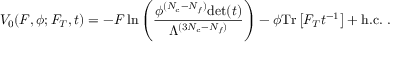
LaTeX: V _ { 0 } ( F , \phi ; F _ { T } , t ) = - F \, \mathrm { l n } \left( \frac { \phi ^ { ( N _ { c } - N _ { f } ) } \mathrm { d e t } ( t ) } { \Lambda ^ { ( 3 N _ { c } - N _ { f } ) } } \right) - \phi \mathrm { T r } \left[ F _ { T } t ^ { - 1 } \right] + \mathrm { h . c . } \ .